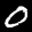
Label: 0